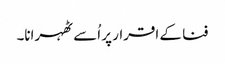
فنا کے اقرار پر اُسے ٹھہرانا۔